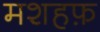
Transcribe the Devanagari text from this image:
मशहफ़